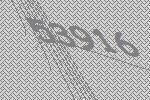
53916